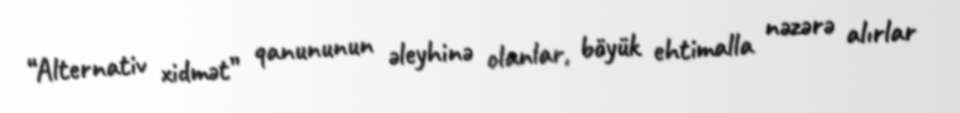
“Alternativ xidmət” qanununun əleyhinə olanlar, böyük ehtimalla nəzərə alırlar